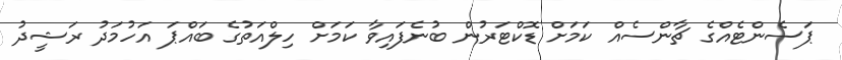
ޕަސެންޓެއްގެ ޗާންސެއް ކަމަށް ޑޮކްޓަރުން ބުނެފައިވާ ކަމަށް ހިލްއަތުގެ ބައްޕަ އަހުމަދު ރަޝީދު